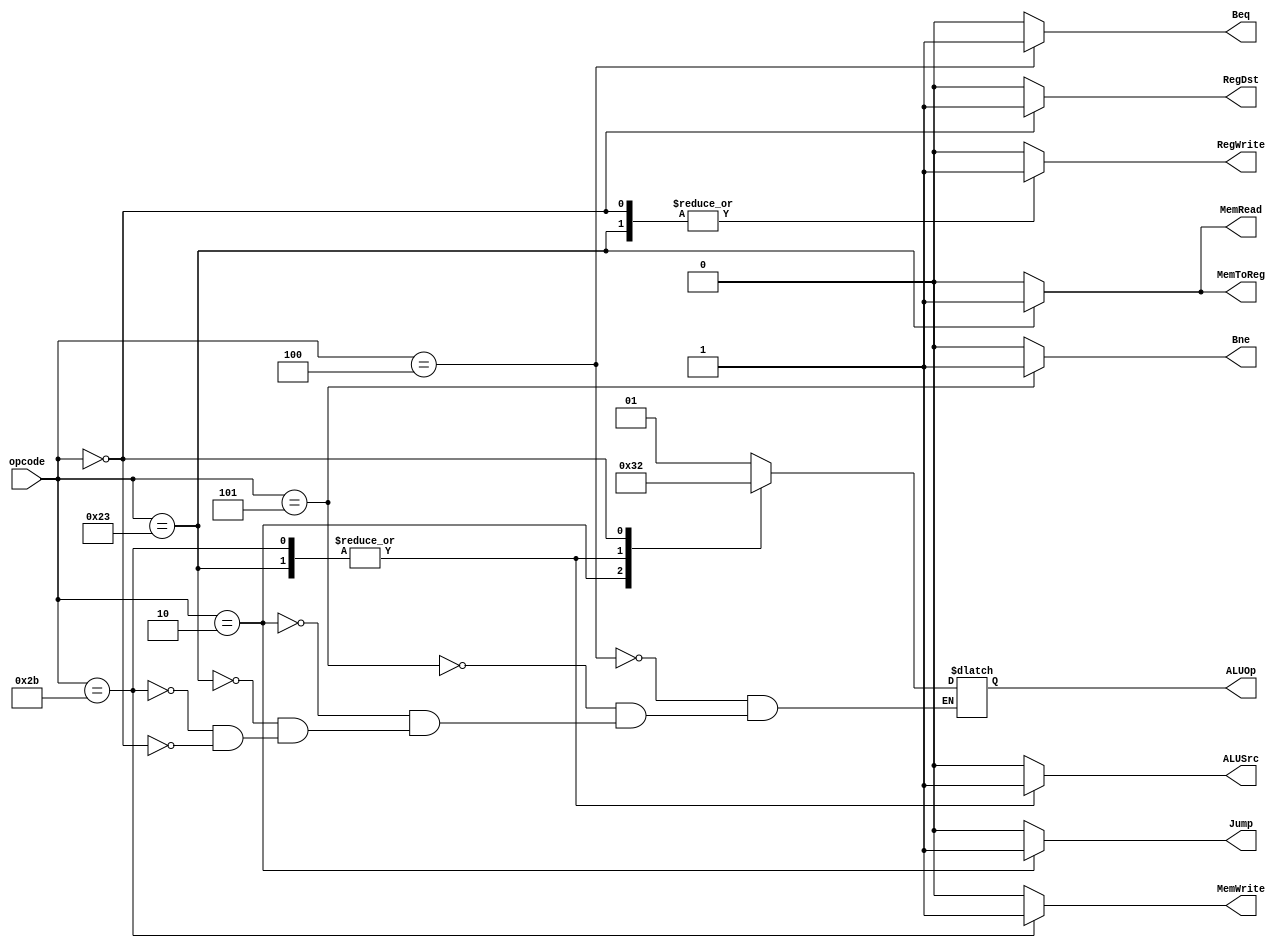
module ControlOld(opcode, ALUSrc, ALUOp, RegDst, MemWrite, MemRead, Beq, Bne, Jump, MemToReg, RegWrite);
  input [5:0] opcode; // 6-bit operation code
  output reg ALUSrc, RegDst, MemWrite, MemRead, Beq, Bne, Jump, MemToReg, RegWrite; // Output control lines
  output reg [1:0] ALUOp; // 2-bit intermediate output for controlling ALU


  //ALUOP:: 00 = lw, sw; 01 = beq; 10 = arithmetic; 11 = Jump
  always @(*) begin
    ALUSrc = 0;  RegDst = 0;  MemWrite = 0;   MemRead = 0;  Beq = 0;   Bne = 0;  Jump = 0;  MemToReg = 0;  RegWrite = 0;
    case(opcode)
      6'b 000100: //beq
      	begin
      	  ALUOp = 2'b 01;
      	  Beq = 1;
      	end
      6'b 000101: begin//bne
      	  ALUOp = 2'b 01;
      	  Bne = 1;
      	end
      6'b 000010: begin//j
      	  ALUOp = 2'b 11;
      	  Jump = 1;
      	end
      6'b 100011: begin//lw
      	  ALUOp = 2'b 00;
      	  ALUSrc = 1;   MemToReg = 1;   RegWrite = 1;   MemRead = 1;
      	end
      6'b 101011: begin //sw
      	  ALUOp = 2'b 00;
      	  ALUSrc = 1;   MemWrite = 1;
      	end
      6'b 000000: //r-type
      	begin
      	  ALUOp = 2'b 10;
      	  RegDst = 1;   RegWrite = 1;
      	end
    endcase
  end
endmodule

module ALUOpToALUControl(ALUOp, Funct, ALUControl);
  input [1:0] ALUOp;
  input [5:0] Funct;
  output reg [2:0] ALUControl;
  //00 lw&&sw
  always @ (ALUOp, Funct) begin
  	case(ALUOp)
  		2'b 00: ALUControl = 3'b 010;
  		2'b 01: ALUControl = 3'b 110;
  		2'b 10: begin
  			case(Funct)
  				6'b 100000: ALUControl = 3'b 010;
  				6'b 100010: ALUControl = 3'b 110;
  				6'b 100100: ALUControl = 3'b 000;
  				6'b 100101: ALUControl = 3'b 001;
  				6'b 101010: ALUControl = 3'b 111;
  			endcase
  			end
  	endcase
	end
endmodule

module Control(opcode, funct, ALUSrc, RegDst, MemWrite, MemRead, Beq, Bne, Jump, MemToReg, RegWrite, ALUControl);
  input [5:0] opcode; // 6-bit operation code
  input [5:0] funct;  // 6-bit function code from the instruction
  						  // least significant 6 bits of an instruction
  output ALUSrc, RegDst, MemWrite, MemRead, Beq, Bne, Jump, MemToReg, RegWrite; // Output control lines
  output [2:0] ALUControl; // 3-bit control for the ALU that specifies the operation

  wire [1:0] ALUOp;

  ControlOld Cntrl(opcode, ALUSrc, ALUOp, RegDst, MemWrite, MemRead, Beq, Bne, Jump, MemToReg, RegWrite);
  ALUOpToALUControl ALUOp2Ctrl(ALUOp, funct, ALUControl);
endmodule